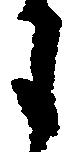
月